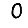
Digit: 0